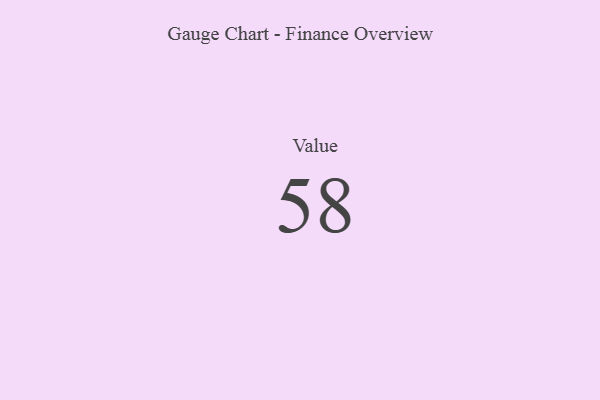
{"axis": {"x": "Metric", "y": "Value"}, "legend": [""], "data": [{"x": "Value", "y": 58, "type": ""}]}